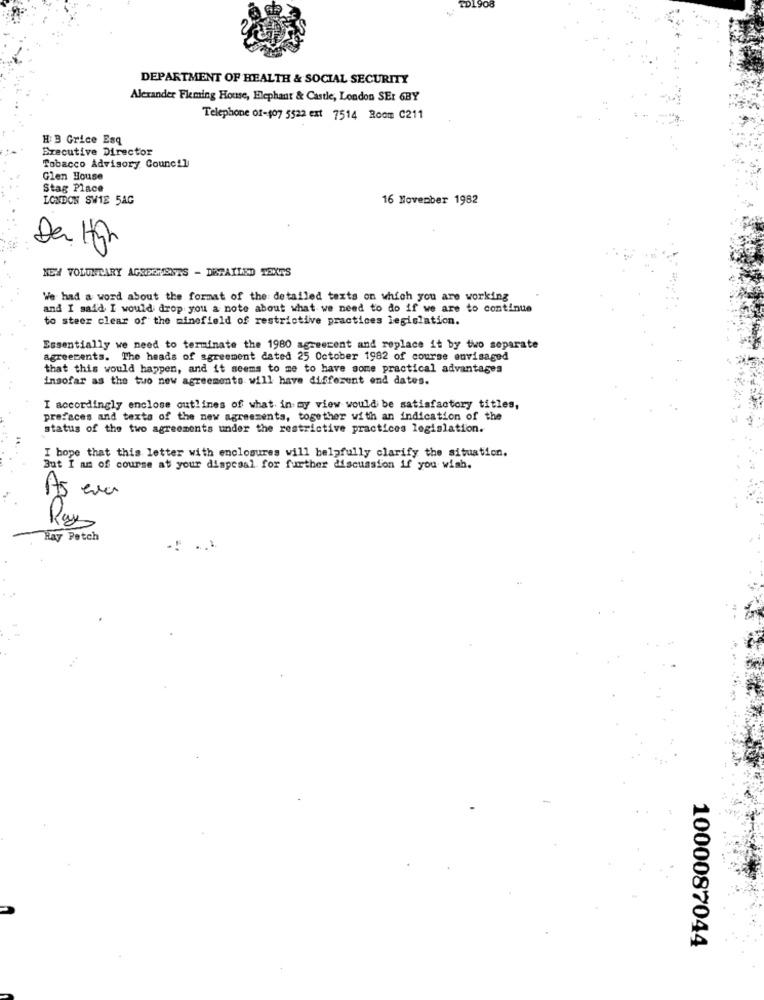
+D1908
DEPARTMENT OF HEALTH & SOCIAL SECURITY
Alexander Fleming House, Elephant & Castle, London SEr 6BY
Telephone 01-107 5522 ext 7514 Room C211
H 3 Grice Esq
Executive Director
Tobacco Advisory Council
Glen House
Stag Place
LONDON SW1E 5AG
16 November 1982
Der High
NEW VOLUNTARY AGREEMENTS - DETAILED TENTS
We had a word about the format of the detailed texts on which you are working
and I said I would drop you a note about what we need to do if we are to continue
to steer clear of the minefield of restrictive practices legislation.
Essentially we need to terminate the 1980 agreement and replace it by two separate
agreements. The heads of agreement dated 25 October 1982 of course envisaged
that this would happen, and it seems to me to have some practical advantages
insofar as the two new agreements will have different end dates.
I accordingly enclose outlines of what in my view would be satisfactory titles,
prefaces and texts of the new agreements, together with an indication of the
status of the two agreements under the restrictive practices legislation.
I hope that this letter with enclosures will helpfully clarify the situation.
But I am of course at your disposal for further discussion if you wish.
As eva
Rays
Hay Petch
1000087044